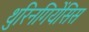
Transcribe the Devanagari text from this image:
थुरिनगियेंसिस